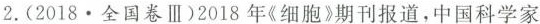
2.(2018.全国卷Ⅲ)2018年《细胞》期刊报道，中国科学家